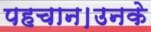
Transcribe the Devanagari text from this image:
पहचान।उनके